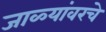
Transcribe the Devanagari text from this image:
जाळ्यांवरचे